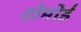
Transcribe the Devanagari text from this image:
टोमोई